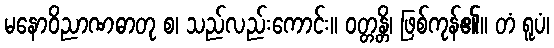
မနောဝိညာဏဓာတု စ၊ သည်လည်းကောင်း။ ဝတ္တန္တိ၊ ဖြစ်ကုန်၏။ တံ ရူပံ၊